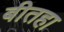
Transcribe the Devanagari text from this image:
बीतहा